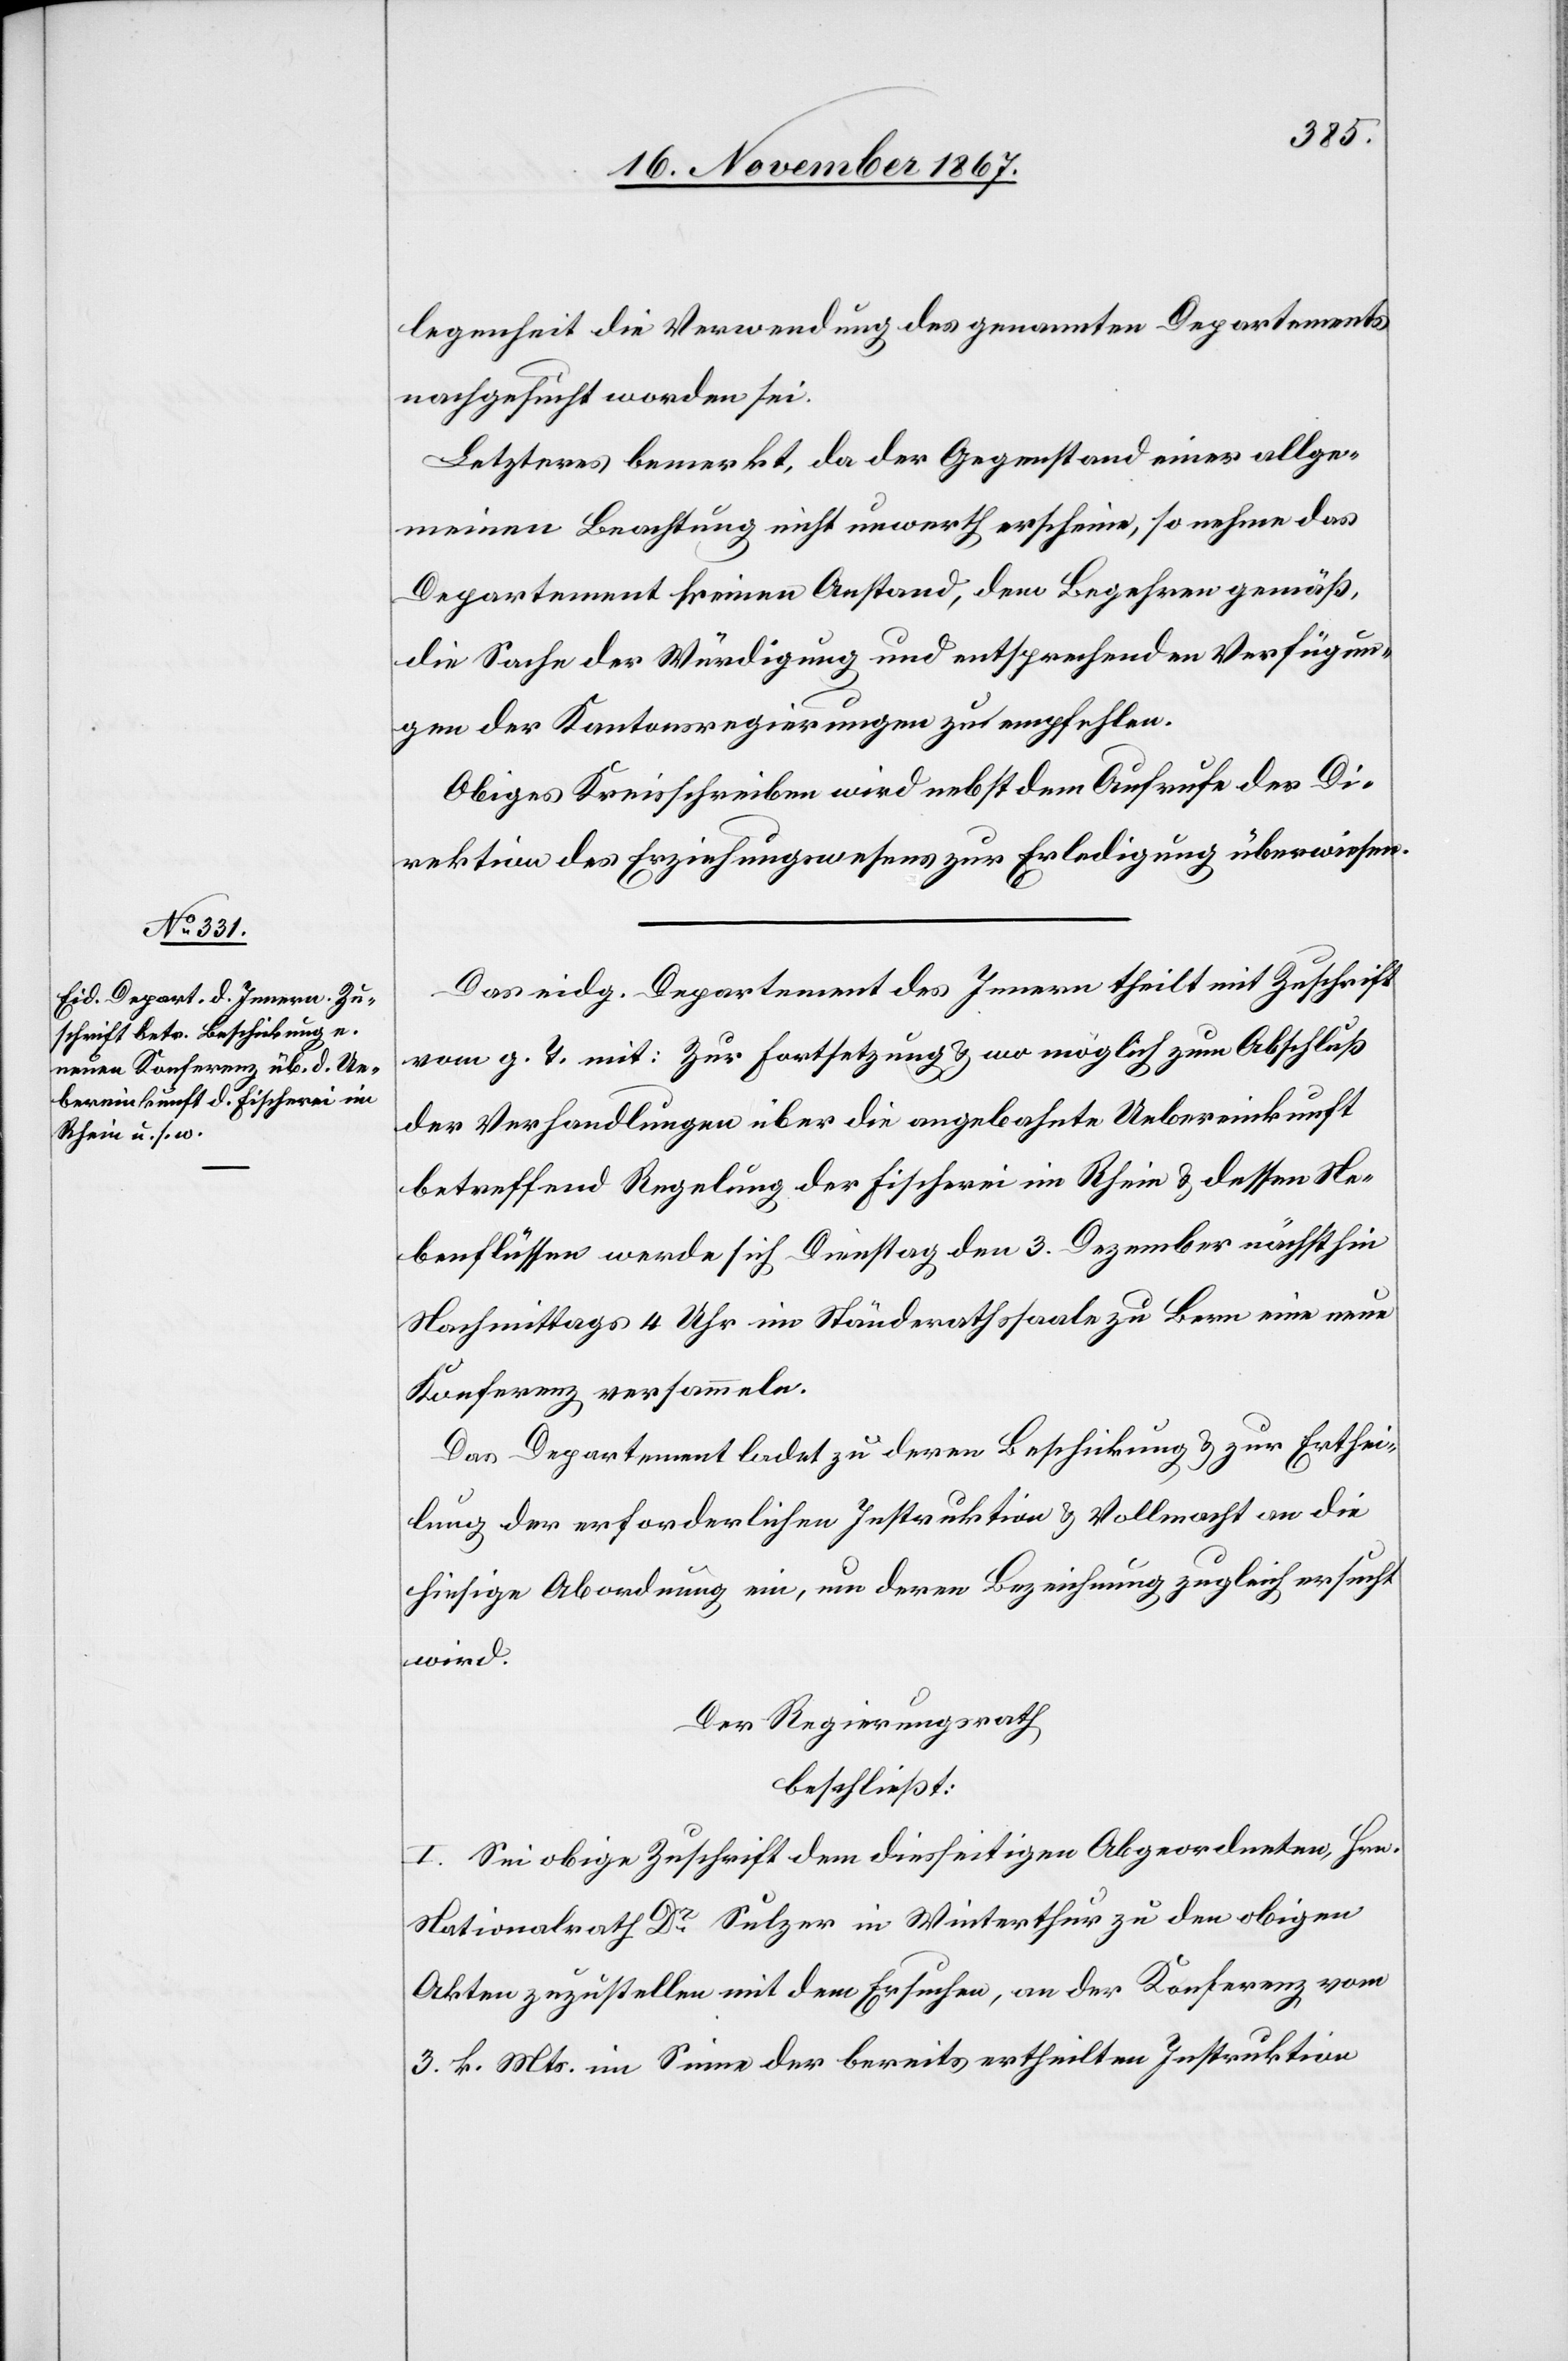
legenheit die Verwendung des genannten Departements
nachgesucht worden sei.
Letzteres bemerkt, da der Gegenstand einer allge¬
meinen Beachtung nicht unwerth erscheine, so nehme das
Departement keinen Anstand, dem Begehren gemäß
die Sache der Würdigung und entsprechenden Verfügun¬
gen der Kantonsregierungen zu empfehlen.
Obiges Kreisschreiben wird nebst dem Aufrufe der Di¬
rektion des Erziehungswesens zur Erledigung überwiesen.
Das eidg. Departement des Innern theilt mit Zuschrift
vom g. T. mit: Zur Fortsetzung u. wo möglich zum Abschluß
der Verhandlungen über die angebahnte Uebereinkunft
betreffend Regelung der Fischerei im Rhein u. dessen Ne¬
benflüssen werde sich Dienstag den 3. Dezember nächsthin
Nachmittags 4 Uhr im Ständerathssaale zu Bern eine neue
Konferenz versammeln.
Das Departement ladet zu deren Beschickung u. zur Erthei¬
lung der erforderlichen Instruktion u. Vollmacht an die
hiesige Abordnung ein, um deren Bezeichnung zugleich ersucht
wird.
Der Regierungsrath
beschließt:
I. Sei obige Zuschrift dem diesseitigen Abgeordneten, Hrn.
Nationalrath Dr. Sulzer in Winterthur zu den obigen
Akten zuzustellen mit dem Ersuchen, an der Konferenz vom
3. k. Mts. im Sinne der bereits ertheilten Instruktion